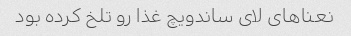
نعناهای لای ساندویچ غذا رو تلخ کرده بود